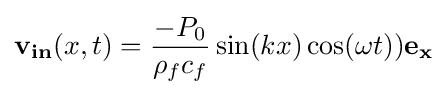
{\textbf {v}}_{\textbf {in}}(x,t)={\frac {-P_{0}}{\rho _{f}c_{f}}}\sin(kx)\cos(\omega t)){\textbf {e}}_{\textbf {x}}